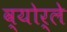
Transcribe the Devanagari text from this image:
व्योर्ले